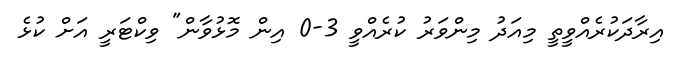
އިރާދަކުރެއްވީތީ މިއަދު މިންވަރު ކުރެއްވީ 3-0 އިން މޮޅުވާން" ވިކްޓަރީ އަށް ކުޅެ